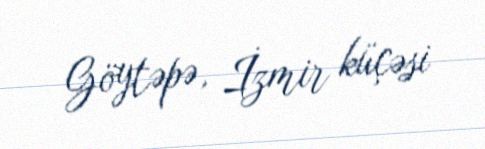
Göytəpə, İzmir küçəsi